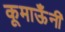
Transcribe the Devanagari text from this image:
कूमाऊँनी